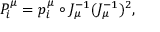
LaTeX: P _ { i } ^ { \mu } = p _ { i } ^ { \mu } \circ J _ { \mu } ^ { - 1 } ( J _ { \mu } ^ { - 1 } ) ^ { 2 } ,